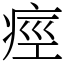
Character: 痙